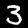
Digit: 3